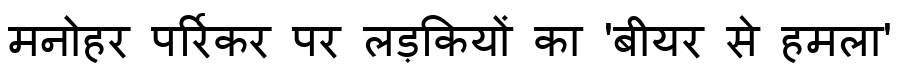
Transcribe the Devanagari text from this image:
मनोहर पर्रिकर पर लड़कियों का 'बीयर से हमला'